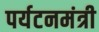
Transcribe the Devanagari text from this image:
पर्यटनमंत्री